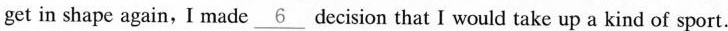
get in shape again,I made\underline{6} decision that I would take up a kind of sport.